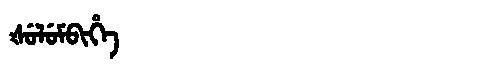
Manchu: ᡧᡠᠯᡠᠮᠪᡳᡥᡝ
Romanization: ŠULUMBIHE